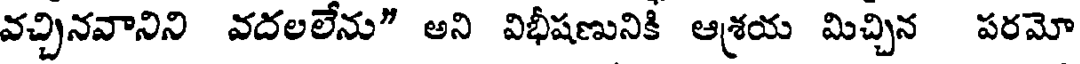
వచ్చినవానిని వదలలేను" అని విభీషణునికి ఆశయ మిచ్చిన పరమో